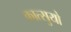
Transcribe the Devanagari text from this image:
कात्सुयो